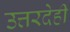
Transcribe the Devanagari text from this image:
उत्तरदेही